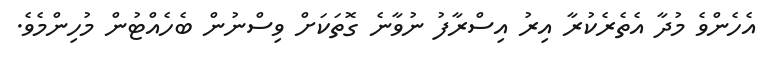
އެހެންވެ މުދާ އެތެރެކުރާ އިރު އިސްރާފު ނުވާނެ ގޮތަކަށް ވިސްނުން ބެހެއްޓުން މުހިންމެވެ.